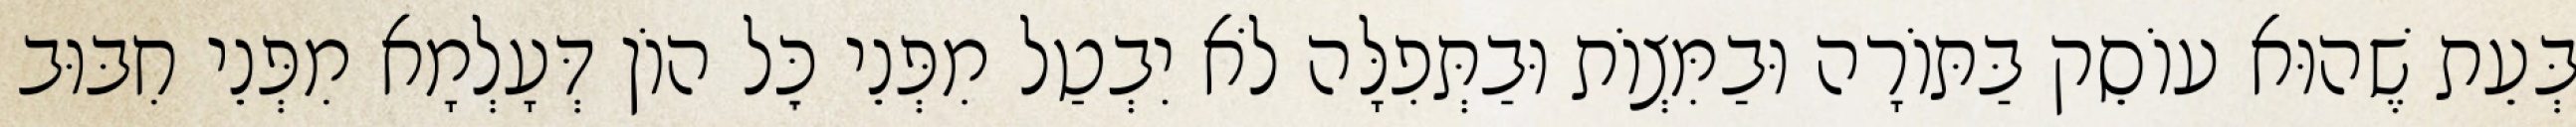
בְּעֵת שֶׁהוּא עוֹסֵק בַּתּוֹרָה וּבַמִּצְוֹת וּבַתְּפִלָּה לֹא יִבְטַל מִפְּנֵי כׇּל הוֹן דְּעָלְמָא מִפְּנֵי חִבּוּב